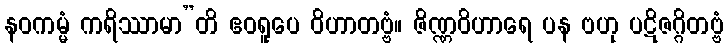
နဝကမ္မံ ကရိဿာမာ”တိ ဧဝရူပေ ဝိဟာတဗ္ဗံ။ ဇိဏ္ဏဝိဟာရေ ပန ဗဟု ပဋိဇဂ္ဂိတဗ္ဗံ